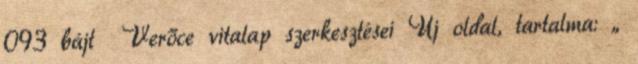
093 bájt ‎Verőce vitalap szerkesztései Új oldal, tartalma: „